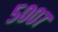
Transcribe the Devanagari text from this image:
५००७